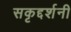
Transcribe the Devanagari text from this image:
सकृद्दर्शनी